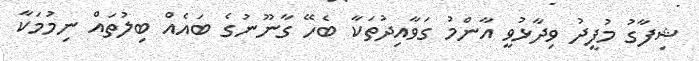
ޝިފާގު މުފީދު ވިދާޅުވީ އާންމު ގަވާއިދުތަކާ ބެހޭ ގާނޫނުގެ ބައެއް ބިލުތައް ނިމުމަކާ